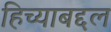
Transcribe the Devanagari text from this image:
हिच्याबद्दल